Vaccine operations Central Provinces 1868-1885 - 1868-1885
Year: 1868
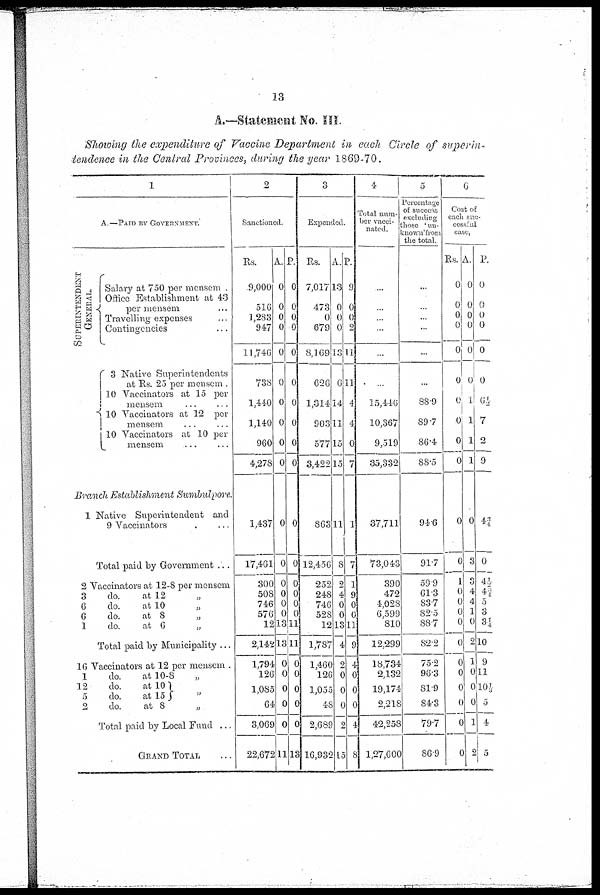
13
A.—Statement No. III.
Showing the expenditure of Vaccine Department in each Circle of superin-
tendence in the Central Provinces, during the year 1869-70.
1
A.—PAID BY GOVERNMENT.
SUPERINTENDENT
GENERAL.
Salary at 750 per mensem .
Office Establishment at 43
per mensem ...
Travelling expenses ...
Contingencies ...
3 Native Superintendents
at Rs. 25 per mensem .
10 Vaccinators at 15 per
mensem
...
...
10 Vaccinators at 12 per
mensem ... ...
10 Vaccinators at 10 per
mensem
...
...
Branch Establishment
Sumbulpore.
1 Native Superintendent and
9 Vaccinators ... ...
Total paid by Government ...
2 Vaccinators at 12-8 per mensem
3
do.
at 12
„
6
do.
at 10
„
6
do.
at 8
„
1
do.
at
6
„
Total paid by Municipality ...
16 Vaccinators at 12 per mensem .
1
do.
at 10-8 „
12
do.
at 10
„
2
do.
at 8
„
Total paid by Local Fund ...
GRAND TOTAL ...
2
Sanctioned.
Rs.
9,000
516
1,233
947
11,746
738
1,440
1,140
960
4,278
1,437
17,461
300
508
746
576
12
2,142
1,794
126
1,085
64
3,069
22,672
A.
0
0
0
0
0
0
0
0
0
0
0
0
0
0
0
0
13
13
0
0
0
0
0
,11
P.
0
0
0
0
0
0
0
0
0
0
0
0
0
0
0
0
11
11
0
0
0
c
0
13
3
Expended.
Rs.
7,017
473
0
679
8,169
626
1,314
903
577
3,422
863
12,456
252
248
746
528
12
1,787
1,460
126
1,055
48
2,689
16,932
A.
13
0
0
0
13
6
14
11
15
15
11
8
2
4
0
0
13
4
9
0
0
0
2
15
P.
9
0
0
2
11
11
4
4
0
7
1
7
1
9
0
0
11
9
4
0
0
0
4
8
4
Total num-
ber vacci-
nated.
...
...
...
...
...
...
15,446
10,367
9,519
35,332
37,711
73,043
390
472
4,028
6,599
810
12,299
18,734
2,132
19,174
2,218
42,258
1,27,600
5
Percentage
of success
excluding
those ' un¬
known' from
the total
...
...
...
...
...
...
88.9
89.7
86.4
88·5
94.6
91.7
59.9
61.3
83.7
82.5
88.7
82·2
75.2
96.3
81.9
84·3
79.7
86.9
6
Cost of
each suc¬
cessful
case,
Rs.
0
0
0
0
0
0
0
0
0
0
0
0
1
0
0
0
0
0
0
0
0
0
0
0
A.
0
0
0
0
0
0
1
1
1
1
0
3
4
4
1
0
2
1
0
0
0
1
2
P.
0
0
0
0
0
0
6½
7
2
9
43/1
0
4½
41
5
3
3¼
10
9
11
10½
5
4
5